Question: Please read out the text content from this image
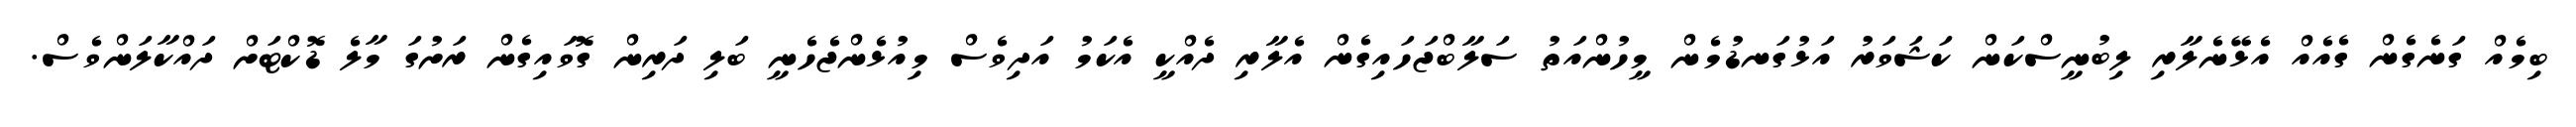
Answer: ބިމެއް ގަނެގެން ގެއެއް އެޅޭނެލާރި ލިބުނީސްކަން ކަޝަވަރު އަޅުގަނޑުމެން މީހުންއަތު ސަލާބްޖަހައިގެން އެލާރި ދެއްކީ އެކަމު އަދިވެސް މިއުޅެންޖެހެނީ ބަލި ދަރިން ގޮވައިގެން ރަށުގަ މާލެ ޑޮކްޓަށް ދައްކާލަންވެސް.